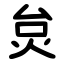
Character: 炱